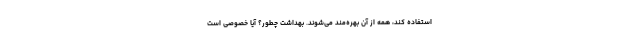
استفاده کند، همه از آن بهره‌مند می‌شوند. بهداشت چطور؟ آیا خصوصی است